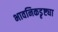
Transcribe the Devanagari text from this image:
भावनिकडृष्ट्या